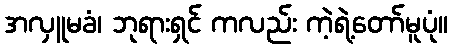
အလှူမခံ၊ ဘုရားရှင် ကလည်း ကဲ့ရဲ့တော်မူပုံ။